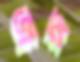
জঙ্গ